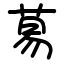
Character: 䓪